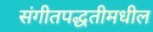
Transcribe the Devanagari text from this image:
संगीतपद्धतीमधील